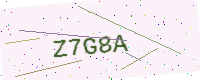
Text: Z7G8A